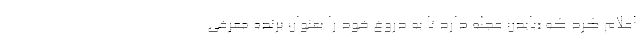
اعلام کرد که «بایدن عجله دارد تا به دروغ خود را بعنوان برنده معرفی